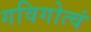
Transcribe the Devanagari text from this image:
गविगोत्वं